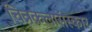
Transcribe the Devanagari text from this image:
चित्रकलासंस्कार